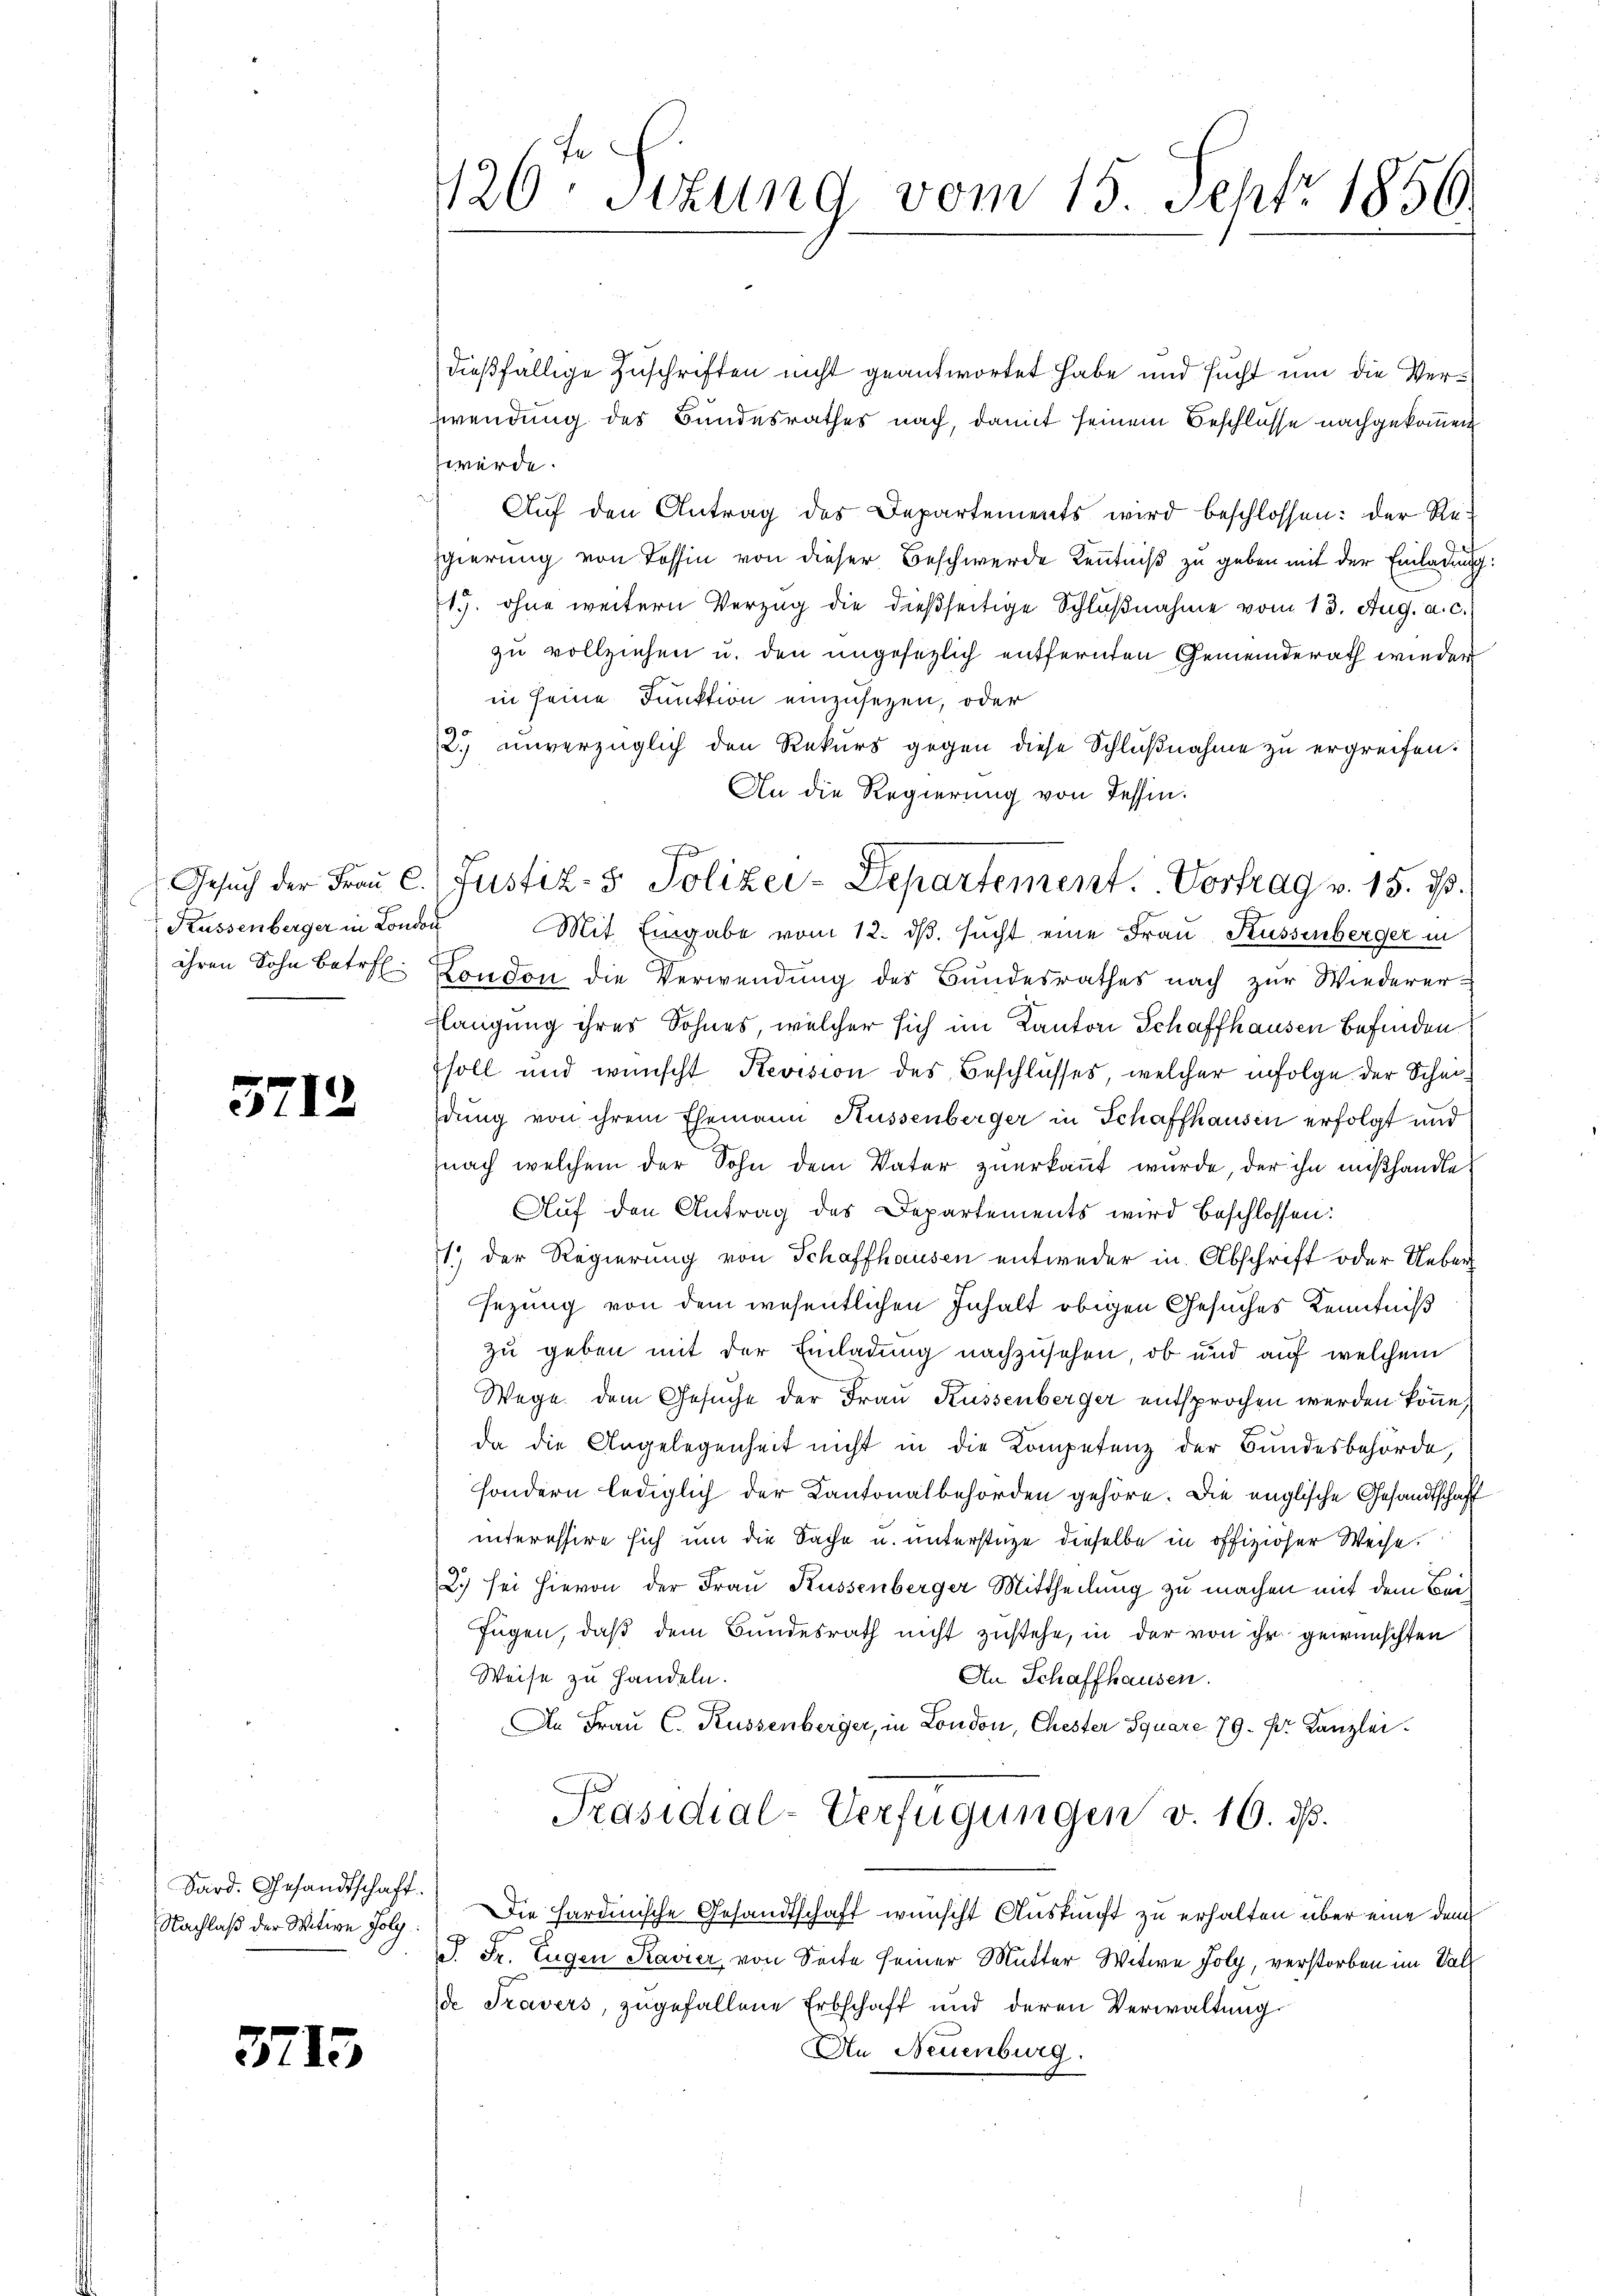
Küssenberger in London

5712

Sard. Gesandtschaft.

3713

dießfällige Zuschriften nicht geantwortet habe und sucht um die Ver¬
Zwendung des Bundesrathes nach, damit seinem Beschlüsse nachgekommen
werde.
Aŭf den Antrag des Departements wird beschlossen: der Re-
gierung von Rossin von dieser Beschwerde Kenntniß zu geben mit der Einladung
1. ohne weitern Verzug die dießseitige Schlußnahme vom 13. Aug. a. c.
zu vollziehen u. den ungesezlich entfernten Gemeinderath wieder
in seine Funktion einzusetzen, oder
2. unverzüglich den Rekurs gegen diese Schlußnahme zu ergreifen.
An die Regierung von Tessin.
Mit Eingabe vom 12. dβ. sucht eine Frau, Küssenberger in
ihren Sohn betr. London die Verwendung des Bundesrathes nach zur Wiederer-
Flangung ihres Sohnes, welcher sich im Kanton Schaffhausen befinden
soll und wünscht Revision des Beschlusses, welcher infolge der Scheidung von ihrem Ehemann Küssenberger in Schaffhausen erfolgt und
nach welchem der Sohn dem Vater zuerkannt wurde, der ihn mißhandle
Auf den Antrag des Departements wird beschlossen:
11.) Der Regierung von Schaffhausen entweder in Abschrift oder Ueber
sezung von dem wesentlichen Inhalt obigen Gesuches Kenntniß
zu geben mit der Einladung nachzusehen, ob und auf welchem
Wege dem Gesuche der Frau Küssenberger entsprochen werden könne,
da die Angelegenheit nicht in die Kompetenz der Bundesbehörde,
sondern lediglich der Kantonalbehörden gehöre. Die englische Gesandtschaft
interessire sich um die Sache u. unterstüze dieselbe in offizioser Weise.
2.) sei hievon der Frau Küssenberger Mittheilung zu machen mit dem Beifügen, daß dem Bundesrath nicht zustehe, in der von ihr gewünschten
Weise zu handeln.
An Schaffhausen.
An Frau C. Kussenberger, in London, Chester Square 79. Fr. Kanzlei
Präsidial-Verfügungen v. 16. ds.
Nachlaß der Witive Folg. Die Hardinische Gesandtschaft wünscht Auskunft zu erhalten über eine dem
P. Fr. Eugen Kavier von Seite seiner Mutter Witwe Joly, verstorben im Fall
de Travers, zugefallene Erbschaft und deren Verwaltung
An Neuenburg.

420. Situng vom 15. Sept. 1856.

Gesŭch der Fraŭ C.Justiz- & Polizei-Departement. Vortrag v. 15. d.